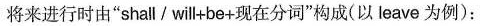
将来进行时由”shallI will+be+现在分词”构成(以leave为例)：